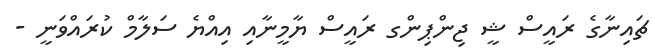
ޗައިނާގެ ރައީސް ޝީ ޖިންޕިންގ ރައީސް ޔާމީނާއި އިއްޔެ ސަލާމް ކުރައްވަނީ -